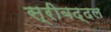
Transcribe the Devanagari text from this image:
स्रीबद्दल